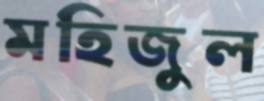
মহিজুল